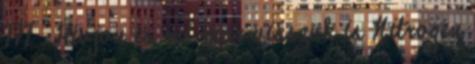
777 . Hívjon és mi már visszük is Nitrogén